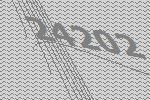
24202